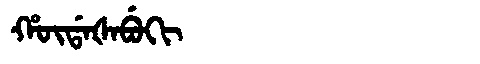
Manchu: ᡥᡡᡩᠠᡧᠠᠪᡠᡴᡳ
Romanization: HŪDAŠABUKI